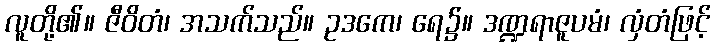
လူတို့၏။ ဇီဝိတံ၊ အသက်သည်။ ဥဒကေ၊ ရေ၌။ ဒဏ္ဍရာဇူပမံ၊ လှံတံဖြင့်